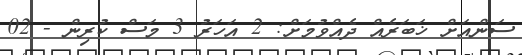
ސަންއަށް ޚަބަރެއް ދެއްވުމަށް: 2 އަހަރު 3 މަސް ކުރިން - 02